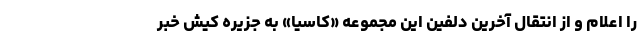
را اعلام و از انتقال آخرین دلفین این مجموعه «کاسیا» به جزیره کیش خبر